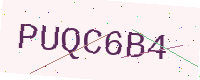
Text: PUQC6B4